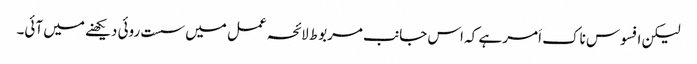
لیکن افسوس ناک اَمر ہے کہ اس جانب مربوط لائحہ عمل میں سست روئی دیکھنے میں آئی۔